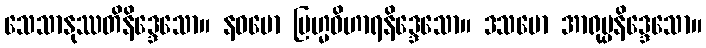
သေသာနုဿတိနိဒ္ဒေသော။ နဝမော ဗြဟ္မဝိဟာရနိဒ္ဒေသော။ ဒသမော အာရုပ္ပနိဒ္ဒေသော။